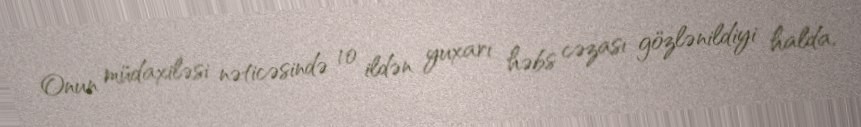
Onun müdaxiləsi nəticəsində 10 ildən yuxarı həbs cəzası gözlənildiyi halda,